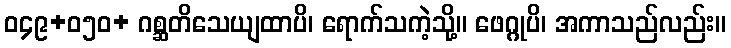
ဝ၄၉+၀၅ဝ+ ဂစ္ဆတိသေယျထာပိ၊ ရောက်သကဲ့သို့။ ဖေဂ္ဂုပိ၊ အကာသည်လည်း။